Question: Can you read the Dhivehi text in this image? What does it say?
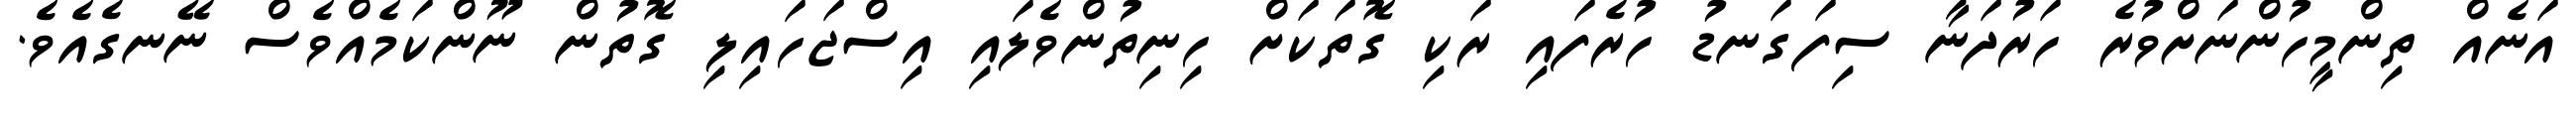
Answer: އަނެއް ތިންމީހުންނަށްވުރެ ހަރުދަނާ ސިފަގަނޑު ހުރެފައި ރަކި ގޮތަކަށް ހިނިތުންވެލައި އިސްޖަހައިލި ގޮތުން ނޫންކަމެއްވެސް ނޭނގެއެވެ.